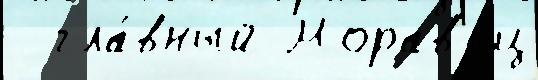
  гла́вный Морав'ец